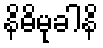
နိဓိမုခါနိ